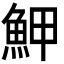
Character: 魻